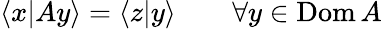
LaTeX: \langle x|Ay\rangle=\langle z|y\rangle\qquad\forall y\in\operatorname{Dom}A